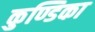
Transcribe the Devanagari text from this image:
कुण्डिका